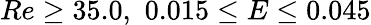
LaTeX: Re\ge 35.0,\, \, 0.015\le E\le 0.045